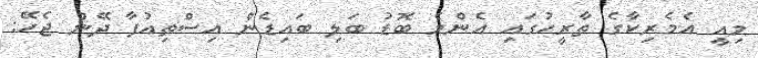
މިއީ އެމެރިކާގެ ތާރީހުގައި އެންމެ ބޮޑު ބަލި ބައިޑެން އިސްތިއުފާ ދޭން ޖެހޭ: